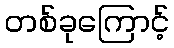
တစ်ခုကြောင့်